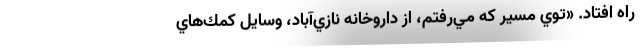
راه افتاد. «توي مسير كه مي‌رفتم، از داروخانه نازي‌آباد، وسايل كمك‌هاي